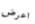
اعرض